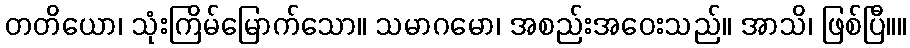
တတိယော၊ သုံးကြိမ်မြောက်သော။ သမာဂမော၊ အစည်းအဝေးသည်။ အာသိ၊ ဖြစ်ပြီ။။